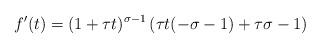
LaTeX: \begin{align*}f'(t)=(1+\tau t)^{\sigma-1}\left(\tau t(-\sigma-1)+\tau\sigma-1 \right)\end{align*}